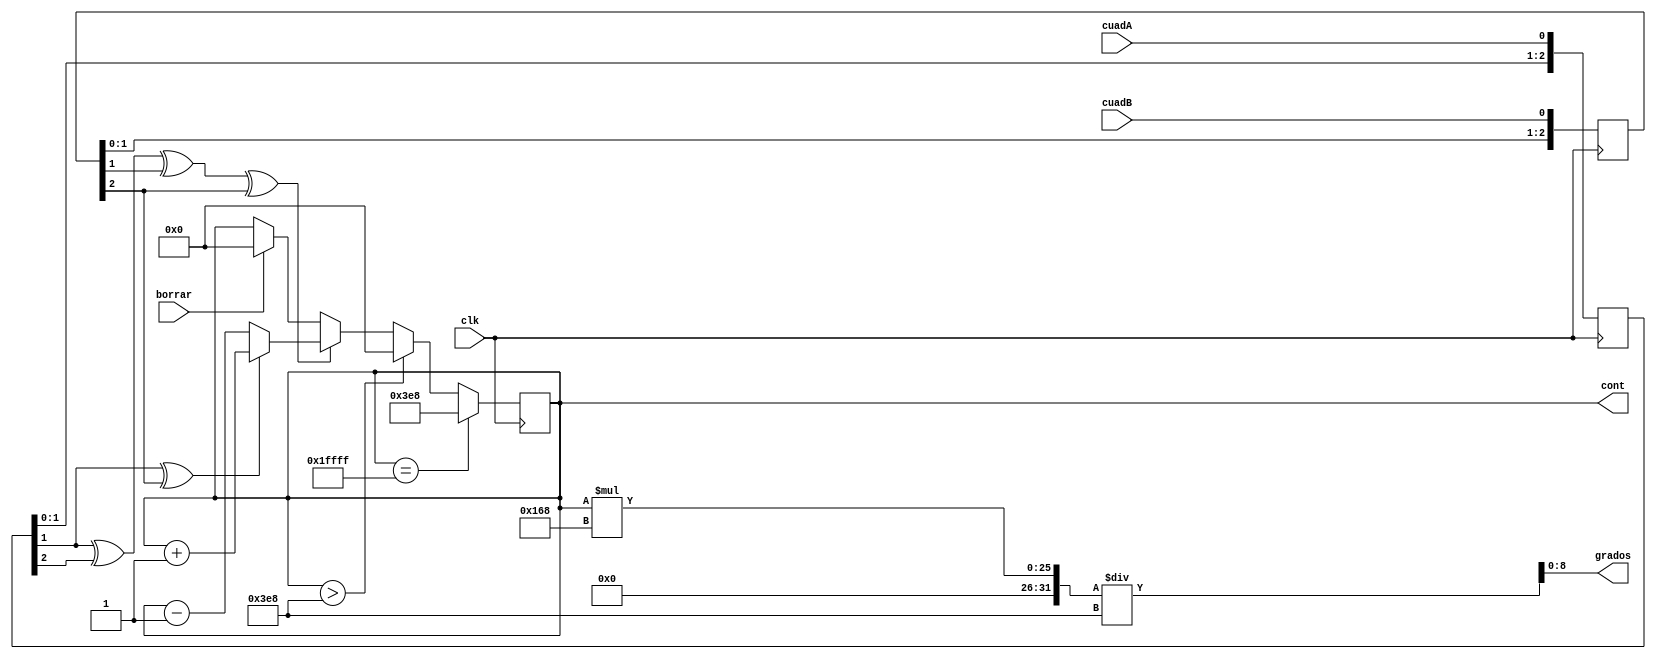
//////////////////////////////////////////////////////////////////////////////////
// University: 	 UPB
// Module Name:    encoder_cuadratura 
// Project Name: 	 ControlPID
// Target Devices: DE0-Nano
//////////////////////////////////////////////////////////////////////////////////
module rotary_decoder(clk, cuadA, cuadB, borrar, grados, cont);

input clk, cuadA, cuadB, borrar;
output [8:0] grados;
output reg [16:0] cont=17'd0; 
										
//output of the FFD      
reg [2:0] cuadA_retardada, cuadB_retardada;

//Circuit for encoder 
always @(posedge clk) cuadA_retardada <= {cuadA_retardada[1:0], cuadA};//3 ffD
always @(posedge clk) cuadB_retardada <= {cuadB_retardada[1:0], cuadB};//3 ffD

//XOR logic 
wire habilitador_conteo = (cuadA_retardada[1] ^ cuadA_retardada[2] 
								   ^ cuadB_retardada[1] ^ cuadB_retardada[2]);
									
wire direccion_conteo = cuadA_retardada[1] ^ cuadB_retardada[2];

//rotation of encoder 
always @(posedge clk)
begin
if (borrar==1'b1) cont<=17'b0;//reset the counter
  if(habilitador_conteo)// count enable signal
	begin
		if(direccion_conteo) 
			cont<=cont+1;  
		else 
			cont<=cont-1;	  
	end
	
 if (cont>17'd1000)
    cont<=17'd0; 
 if (cont==17'd131071)
     cont<=17'd1000; 
end
assign grados[8:0]=((cont[16:0])*360)/1000;
endmodule

//480 is considering the motoreduction gear box ratio for this motor. modify for others